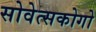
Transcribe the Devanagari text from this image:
सोवेत्सकोगो